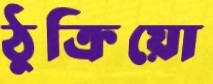
ঠুক্‌রিয়ো